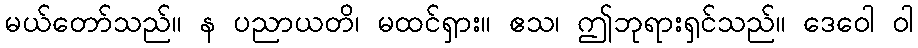
မယ်တော်သည်။ န ပညာယတိ၊ မထင်ရှား။ ဧသ၊ ဤဘုရားရှင်သည်။ ဒေဝေါ ဝါ